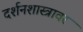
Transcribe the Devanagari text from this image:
दर्शनशास्त्रावर